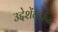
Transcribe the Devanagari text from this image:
उद्देशेंकरुन